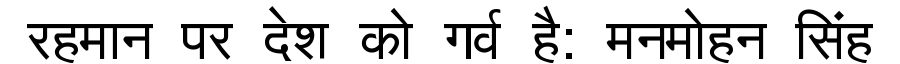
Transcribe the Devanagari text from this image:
रहमान पर देश को गर्व है: मनमोहन सिंह